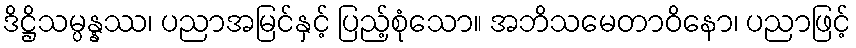
ဒိဋ္ဌိသမ္ပန္နဿ၊ ပညာအမြင်နှင့် ပြည့်စုံသော။ အဘိသမေတာဝိနော၊ ပညာဖြင့်